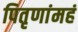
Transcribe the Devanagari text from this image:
पितृणांमहं